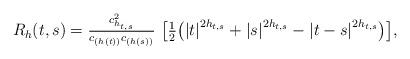
LaTeX: \begin{align*}R_{h}(t,s)= \tfrac{ c^2_{h_{t,s}}}{c_{(h(t))}c_{(h(s))}} \ \big[\tfrac{1}{2} \big( {|t|}^{2h_{t,s}} + {|s|}^{2h_{t,s}} - {|t-s|}^{2h_{t,s}} \big)\big],\end{align*}